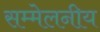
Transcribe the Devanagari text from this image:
सम्मेलनीय